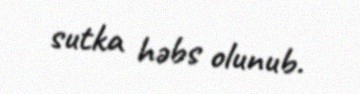
sutka həbs olunub.